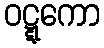
ဝဋ္ဋကော